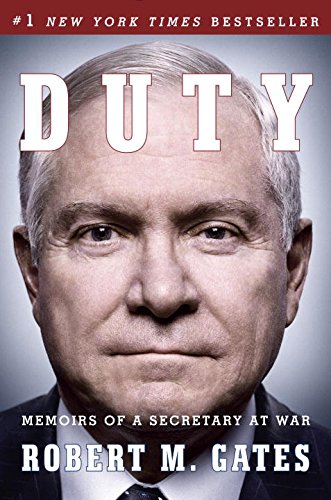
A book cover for Duty: Memoirs of a Secretary at War; Robert M Gates; Biographies & Memoirs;